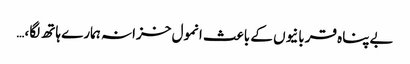
بےپناہ قربانیوں کے باعث انمول خزانہ ہمارے ہاتھ لگا،…